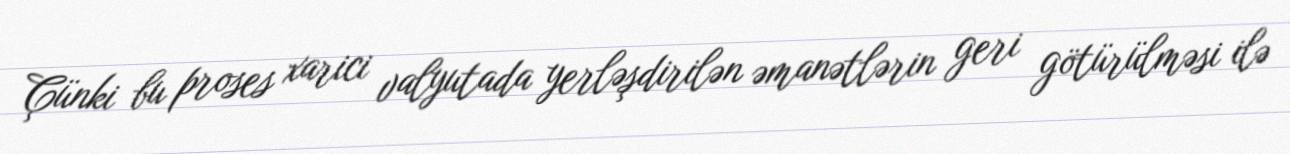
Çünki bu proses xarici valyutada yerləşdirilən əmanətlərin geri götürülməsi ilə